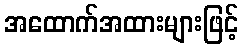
အထောက်အထားများဖြင့်